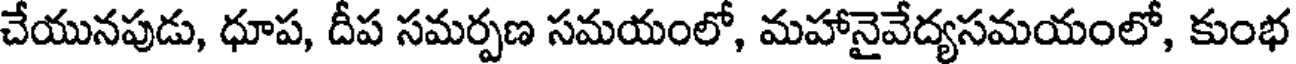
చేయునపుడు, ధూప, దీప సమర్పణ సమయంలో, మహానైవేద్యసమయంలో, కుంభ